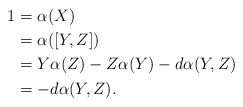
\begin{align*} 1 & = \alpha(X) \\ & = \alpha([Y,Z]) \\ & = Y \alpha(Z) - Z \alpha(Y) - d\alpha(Y,Z) \\ & = - d\alpha(Y,Z). \end{align*}